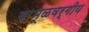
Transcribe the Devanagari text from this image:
बाभूळवर्गीय